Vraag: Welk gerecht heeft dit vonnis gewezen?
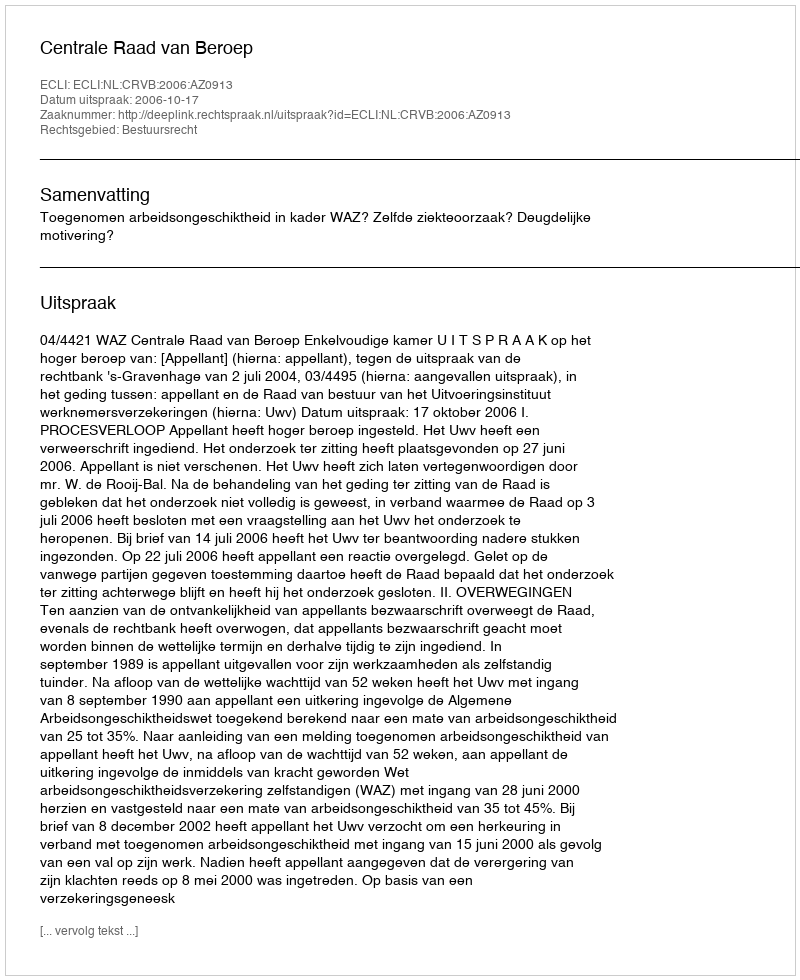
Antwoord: Centrale Raad van Beroep